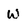
Character: w